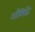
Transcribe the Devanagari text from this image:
ऑक्सिडेंटे